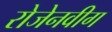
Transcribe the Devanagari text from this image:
रोजेनवीग